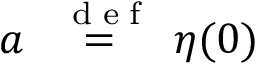
a \stackrel { \mathrm { ~ \tiny ~ { ~ d ~ e ~ f ~ } ~ } } { = } \eta ( 0 )